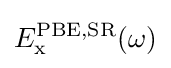
E_{\text{x}}^{\text{PBE,SR}}(\omega )